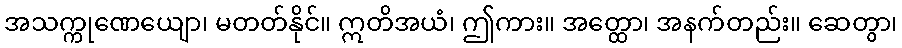
အသက္ကုဏေယျော၊ မတတ်နိုင်။ ဣတိအယံ၊ ဤကား။ အတ္ထော၊ အနက်တည်း။ ဆေတွာ၊